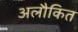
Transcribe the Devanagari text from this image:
अलौकित